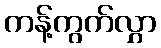
ကန့်ကွက်လွှာ